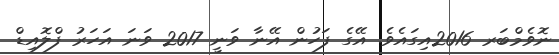
ނޮވެމްބަރ 2016އިގައެވެ. އޭގެ ފަހުން އޭނާ ވަނީ 2017 ވަނަ އަހަރު ފްލޮއިޑް